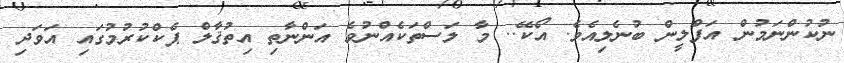
ނުކުންނަމުން އަފްލީން ބުނެލިއެވެ. އޯކޭ.. މާ ލަސްތަކެއްނުވެ އަންނާތި އިތުޤާލް ޕެކްކުރުމުގައި އަވަދި